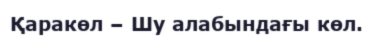
Қаракөл – Шу алабындағы көл.